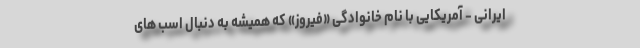
ایرانی - آمریکایی با نام خانوادگی «فیروز» که همیشه به دنبال اسب های